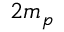
2 m _ { p }